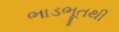
ભાડભૂતથી